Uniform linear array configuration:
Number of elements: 32
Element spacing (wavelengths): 0.75
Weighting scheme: exponential
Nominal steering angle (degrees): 45
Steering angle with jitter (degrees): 46.04
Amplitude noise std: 0.05
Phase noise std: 0.05

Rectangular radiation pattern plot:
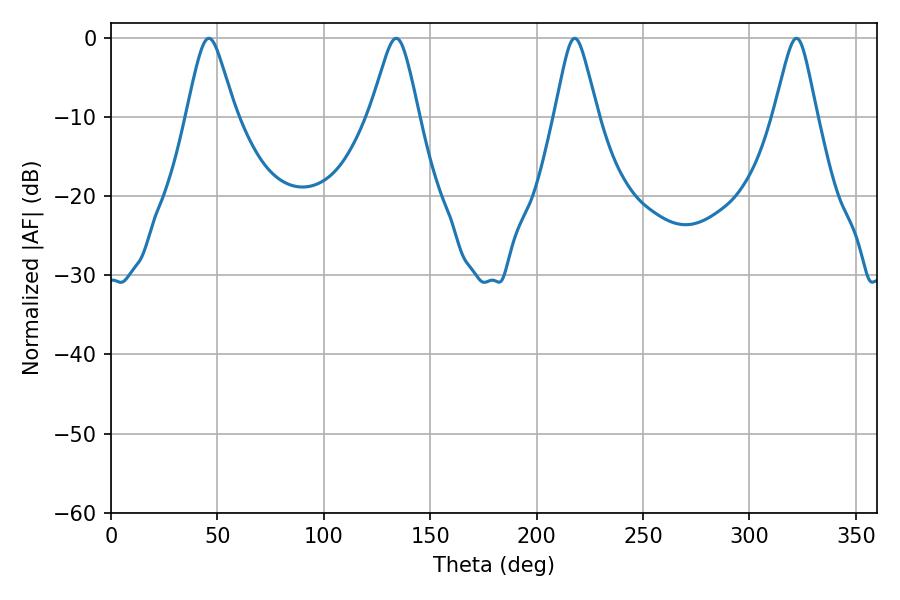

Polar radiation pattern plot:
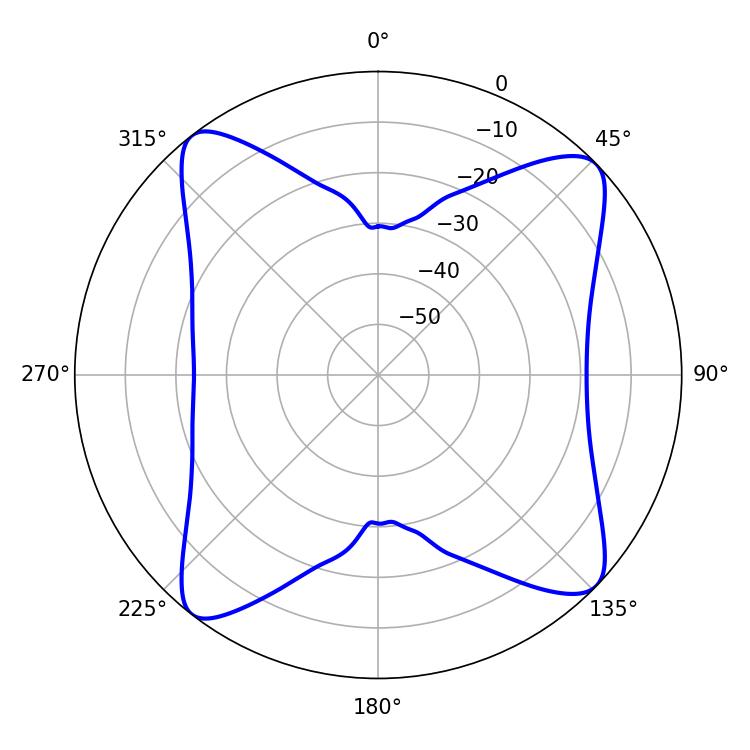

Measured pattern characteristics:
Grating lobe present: TRUE
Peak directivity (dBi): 13.401
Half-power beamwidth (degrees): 10.98
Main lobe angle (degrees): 45.9